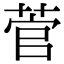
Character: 菅